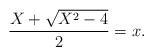
LaTeX: \begin{align*}\frac{X+\sqrt{X^2-4}}{2}=x.\end{align*}